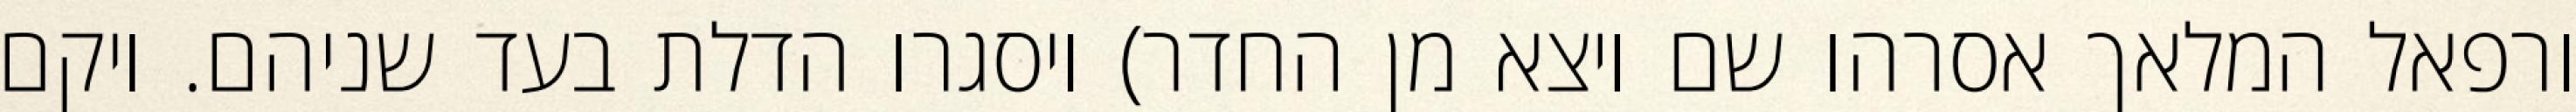
ורפאל המלאך אסרהו שם ויצא מן החדר) ויסגרו הדלת בעד שניהם. ויקם